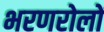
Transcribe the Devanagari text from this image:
भरणरोलों